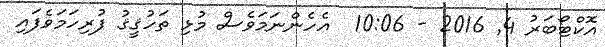
އޮކްޓޯބަރު 4